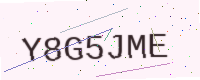
Text: Y8G5JME